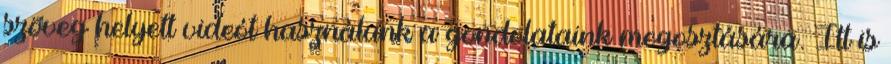
szöveg helyett videót használunk a gondolataink megosztására. Itt is